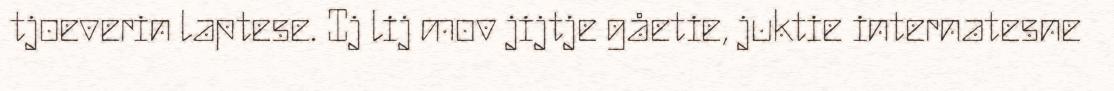
tjoeverin laptese. Ij lij mov jijtje gåetie, juktie internatesne